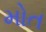
મોત